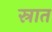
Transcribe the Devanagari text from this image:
स्रात